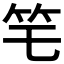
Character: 𥫥